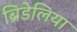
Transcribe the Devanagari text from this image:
ब्रिडेलिया